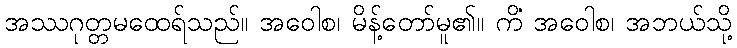
အဿဂုတ္တမထေရ်သည်။ အဝေါစ၊ မိန့်တော်မူ၏။ ကိံ အဝေါစ၊ အဘယ်သို့